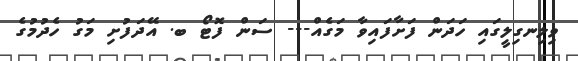
ވިލިނގިލީގައި ހަދަން ފަށާފައިވާ މަގެއް--- ސަން ފޮޓޯ ބ. އޭދަފުށި މަގު ހެދުމުގެ